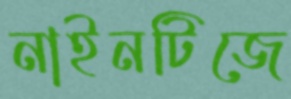
নাইনটিজে